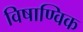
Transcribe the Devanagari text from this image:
विषाण्विक